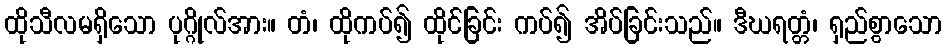
ထိုသီလမရှိသော ပုဂ္ဂိုလ်အား။ တံ၊ ထိုကပ်၍ ထိုင်ခြင်း ကပ်၍ အိပ်ခြင်းသည်။ ဒီဃရတ္တံ၊ ရှည်စွာသော